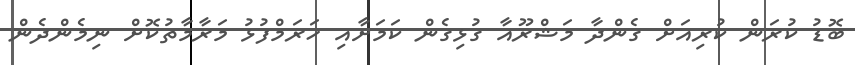
ބޮޑު ކުރަން ކުރިއަށް ގެންދާ މަޝްރޫއާ ގުޅިގެން ކަމަށާއި ހަރަމްފުޅު މަރާމާތުކޮށް ނިމެންދެން